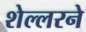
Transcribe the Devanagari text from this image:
शेल्लरने